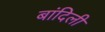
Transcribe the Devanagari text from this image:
बांदिली